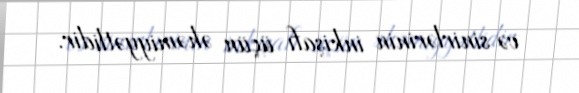
və sinirlərinin inkişafı üçün əhəmiyyətlidir.